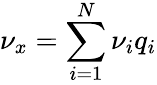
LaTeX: \nu_{x}=\sum_{i=1}^{N}\nu_{i}q_{i}